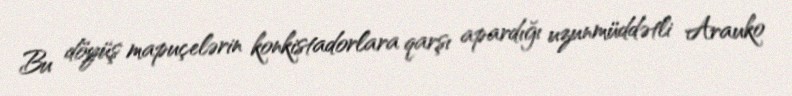
Bu döyüş mapuçelərin konkistadorlara qarşı apardığı uzunmüddətli Arauko